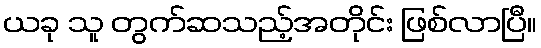
ယခု သူ တွက်ဆသည့်အတိုင်း ဖြစ်လာပြီ။